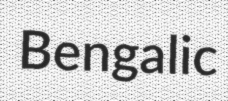
Bengalic